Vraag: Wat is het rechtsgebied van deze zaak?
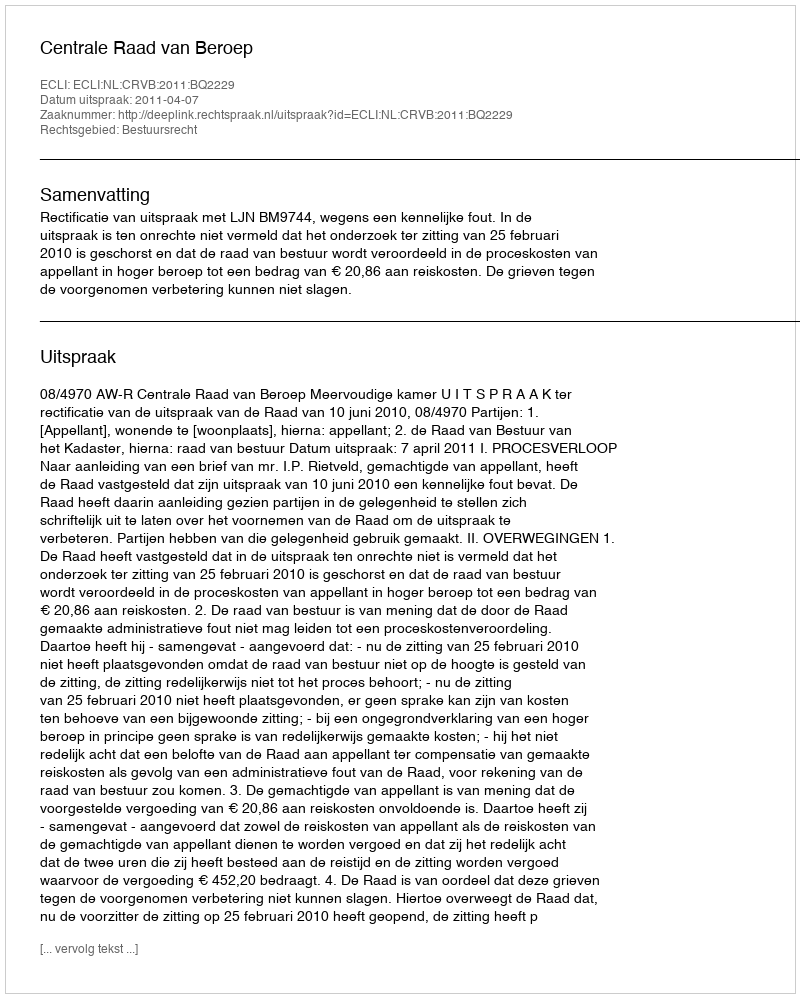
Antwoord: Bestuursrecht